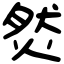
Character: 𤉷